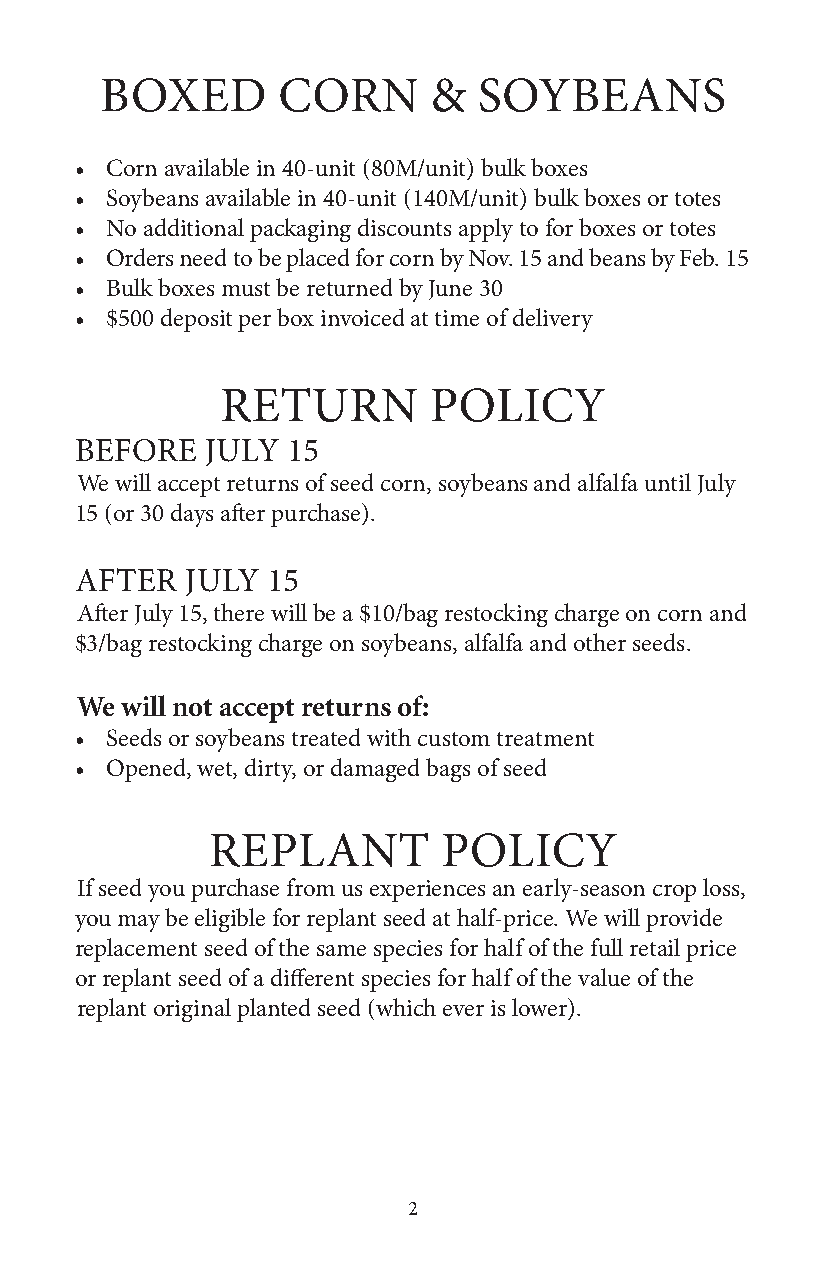
BOXED      CORN      &   SOYBEANS
 • Corn available in 40-unit (80M/unit) bulk boxes
 • Soybeans available in 40-unit (140M/unit) bulk boxes or totes
 • No additional packaging discounts apply to for boxes or totes
 • Orders need to be placed for corn by Nov. 15 and beans by Feb. 15
 • Bulk boxes must be returned by June 30
 • $500 deposit per box invoiced at time of delivery
 RETURN       POLICY
 BEFORE   JULY 15
 We will accept returns of seed corn, soybeans and alfalfa until July
 15 (or 30 days after purchase).
 AFTER  JULY  15
 After July 15, there will be a $10/bag restocking charge on corn and
 $3/bag restocking charge on soybeans, alfalfa and other seeds.
 We will not accept returns of:
 • Seeds or soybeans treated with custom treatment
 • Opened, wet, dirty, or damaged bags of seed
 REPLANT        POLICY
 If seed you purchase from us experiences an early-season crop loss,
 you may be eligible for replant seed at half-price. We will provide
 replacement seed of the same species for half of the full retail price
 or replant seed of a different species for half of the value of the
 replant original planted seed (which ever is lower).
 2